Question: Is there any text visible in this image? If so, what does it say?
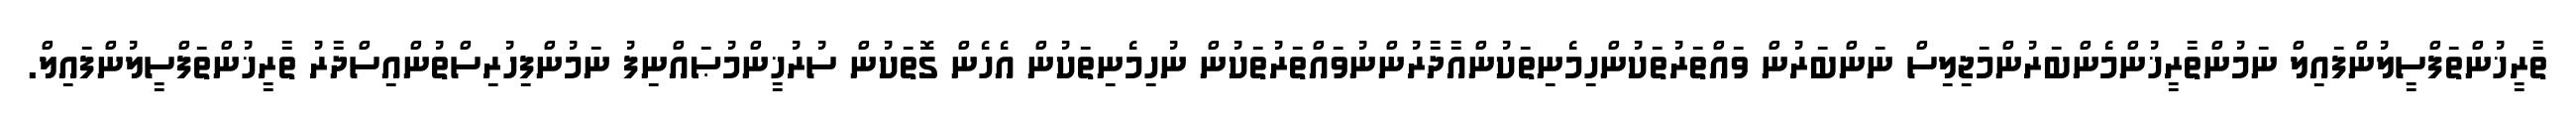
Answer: ތާރީޚުންތަފްސީލުންފައިލް ނަމުންތާރީޚުންމެންބަރުންމަޖިލިސް ނަންބަރުން ވައްތަރުތަކުންހިމެނިތަކުންއާދާރުންނުވައްތަރުތަކުން ނުހިމެނިތަކުން އެހެން ގޮތަކުން ސުރުޚީންމުޞައްނިފު ނަމުންފިހުރިސްތުންއިސްދާރު ތާރީޚުންތަފްސީލުންފައިލް.